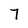
Character: 7